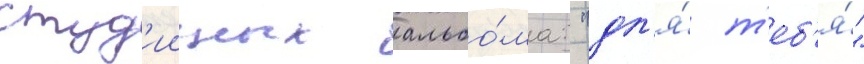
студ'ииных альбо́ма: "дл'я́ т'еб'я́"